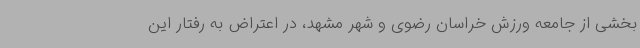
بخشی از جامعه ورزش خراسان رضوی و شهر مشهد، در اعتراض به رفتار این